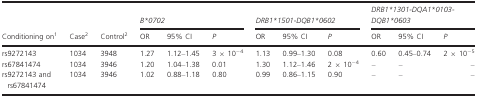
|  |  |  | <COLSPAN=3> B*0702 | <COLSPAN=3> DRB1*1501-DQB1*0602 | <COLSPAN=3> DRB1*1301-DQA1*0103-DQB1*0603 |
 | Conditioning on1 | Case2 | Control2 | OR | 95% CI | P | OR | 95% CI | P | OR | 95% CI | P |
 | --- | --- | --- | --- | --- | --- | --- | --- | --- | --- | --- | --- |
 | rs9272143 | 1034 | 3948 | 1.27 | 1.12–1.45 | 3 × 10−4 | 1.13 | 0.99–1.30 | 0.08 | 0.60 | 0.45–0.74 | 2 × 10−5 |
 | rs67841474 | 1034 | 3946 | 1.20 | 1.04–1.38 | 0.01 | 1.30 | 1.12–1.46 | 2 × 10−4 | – | – | – |
 | rs9272143 and rs67841474 | 1034 | 3946 | 1.02 | 0.88–1.18 | 0.80 | 0.99 | 0.86–1.15 | 0.90 | – | – | – |